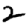
Digit: 2